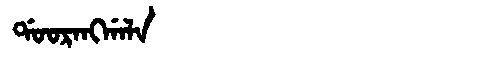
Manchu: ᡩᠣᠣᡵᠠᠩᡤᠠᠯᠠ
Romanization: DOORANGGALA